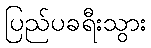
ပြည်ပခရီးသွား